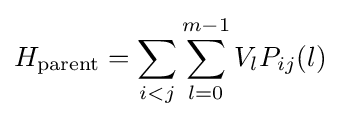
H_{\text{parent}}=\sum _{i<j}\sum _{l=0}^{m-1}V_{l}P_{ij}(l)